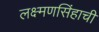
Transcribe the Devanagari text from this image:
लक्ष्मणसिंहाची